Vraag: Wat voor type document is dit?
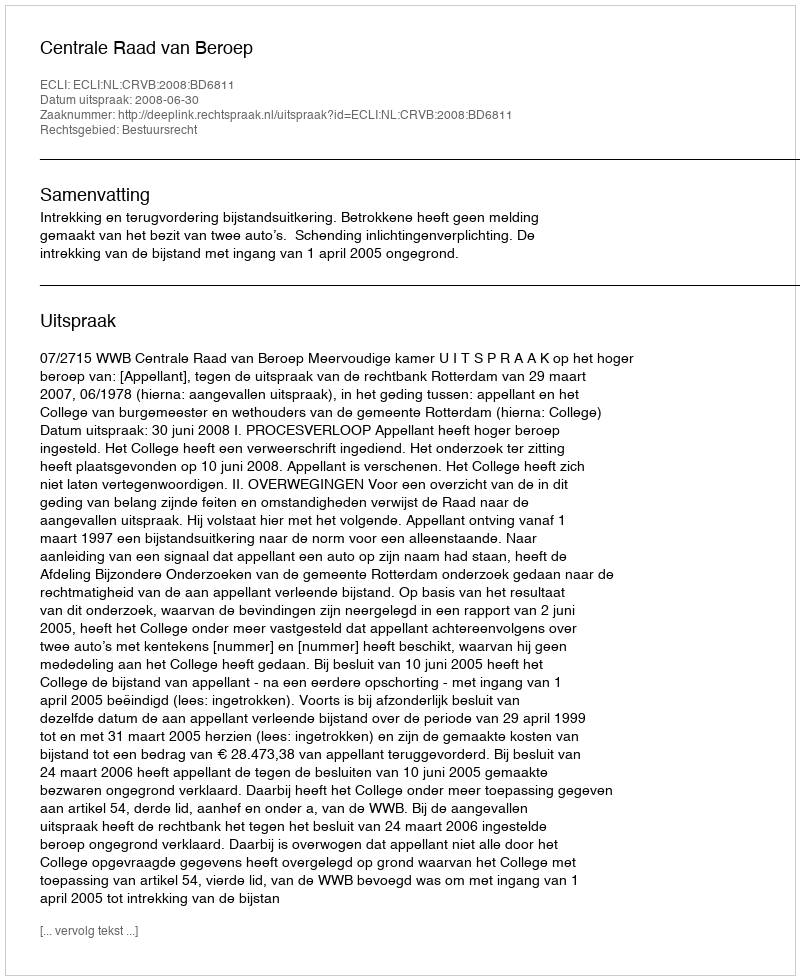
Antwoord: Uitspraak